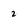
Character: 2